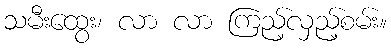
သမီးထွေး၊ လာ လာ ကြည့်လှည့်စမ်း။